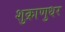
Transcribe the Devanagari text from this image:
शुक्राणुधर